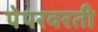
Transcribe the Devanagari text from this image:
पेपरवरती